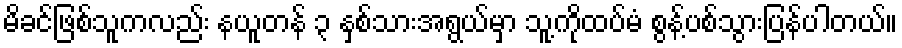
မိခင်ဖြစ်သူကလည်း နယူတန် ၃ နှစ်သားအရွယ်မှာ သူ့ကိုထပ်မံ စွန့်ပစ်သွားပြန်ပါတယ်။